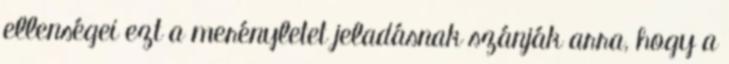
ellenségei ezt a merényletet jeladásnak szánják arra, hogy a